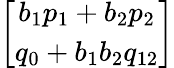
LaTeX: \left[\begin{array}{c}{{b_{1}p_{1}+b_{2}p_{2}}}\\ {{q_{0}+b_{1}b_{2}q_{12}}}\end{array}\right]